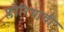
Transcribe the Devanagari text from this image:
फ्लोरियाची